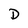
Character: D